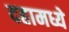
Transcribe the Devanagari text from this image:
दहामध्ये